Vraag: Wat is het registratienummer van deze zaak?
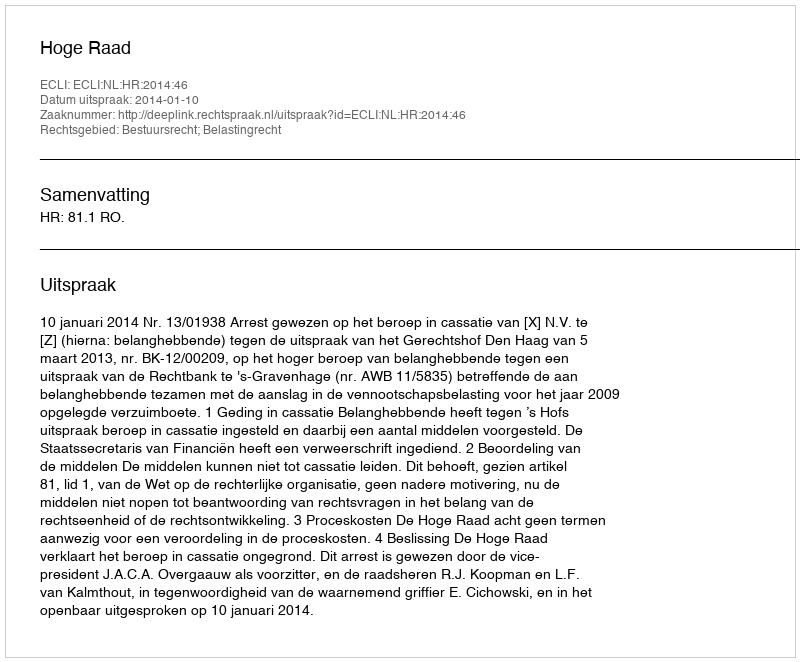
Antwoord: http://deeplink.rechtspraak.nl/uitspraak?id=ECLI:NL:HR:2014:46